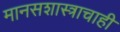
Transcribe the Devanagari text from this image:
मानसशास्त्राचाही